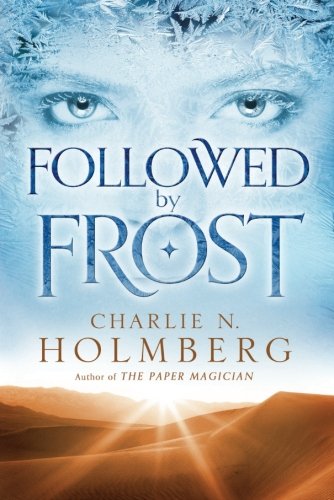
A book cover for Followed by Frost; Charlie N. Holmberg; Romance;